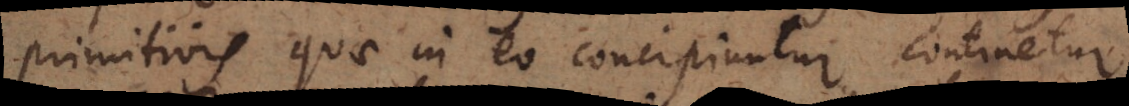
primitivis quae in eo concipiuntur continetur